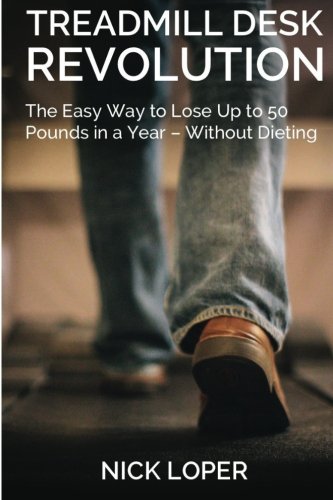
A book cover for Treadmill Desk Revolution: The Easy Way to Lose Up to 50 Pounds in a Year - Without Dieting; Nick Loper; Health, Fitness & Dieting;